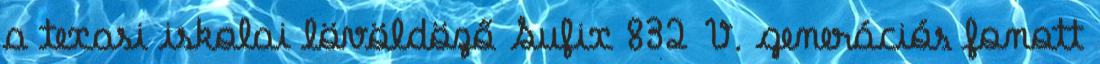
a texasi iskolai lövöldöző Sufix 832 V. generációs fonott